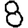
Digit: 8